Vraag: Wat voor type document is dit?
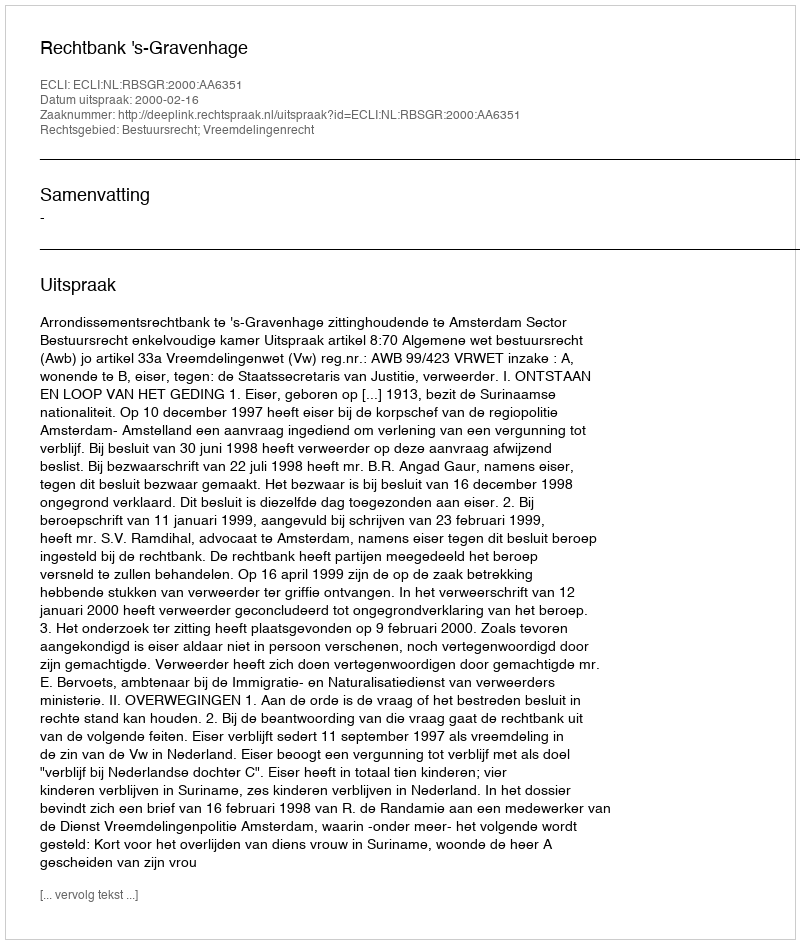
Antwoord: Uitspraak